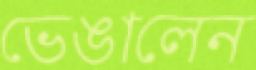
ভেঙালেন